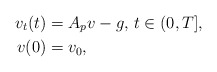
\begin{align*} v_t(t) &= A_p v - g,\,t\in(0,T],\\ v(0) &= v_0,\end{align*}